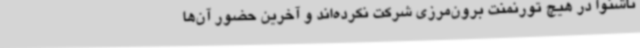
ناشنوا در هیچ تورنمنت برون‌مرزی شرکت نکرده‌اند و آخرین حضور آن‌ها